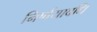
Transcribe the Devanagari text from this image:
निर्णयावधि